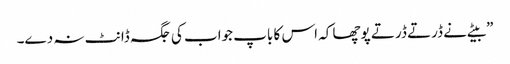
”بیٹے نے ڈرتے ڈرتے پوچھا کہ اس کا باپ جواب کی جگہ ڈانٹ نہ دے۔